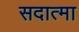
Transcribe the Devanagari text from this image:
सदात्मा